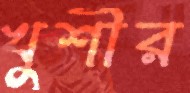
খুশীর